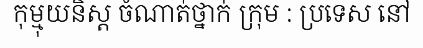
កុម្មុយនិស្ត ចំណាត់ថ្នាក់ ក្រុម : ប្រទេស នៅ